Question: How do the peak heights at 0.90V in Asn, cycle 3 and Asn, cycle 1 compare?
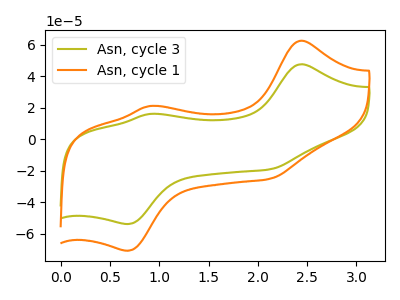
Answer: <think>The olive curve "Asn, cycle 3" has anodic peaks at (2.45V, 47.55uA) (0.90V, 16.00uA) and cathodic peaks at (2.10V, -19.20uA) (0.70V, -53.95uA). The orange curve "Asn, cycle 1" has anodic peaks at (2.45V, 62.50uA) (0.90V, 21.05uA) and cathodic peaks at (2.10V, -25.25uA) (0.70V, -70.95uA).</think>
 <answer>The peak at 0.90V is lower in "Asn, cycle 3" than in "Asn, cycle 1".</answer>
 <eval>lower</eval>